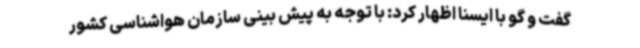
گفت و گو با ایسنا اظهار کرد: با توجه به پیش بینی سازمان هواشناسی کشور